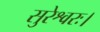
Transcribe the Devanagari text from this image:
सुरेश्वरः।